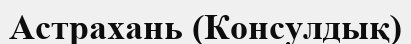
Астрахань (Консулдық)